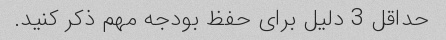
حداقل 3 دلیل برای حفظ بودجه مهم ذکر کنید.